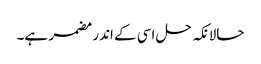
حالانکہ حل اسی کے اندر مضمر ہے۔